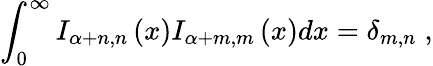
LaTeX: \int_{0}^{\infty}I_{\alpha+n,n}\left(x\right)I_{\alpha+m,m}\left(x\right)dx=\delta_{m,n}\; ,